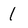
Character: 1